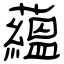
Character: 蘊